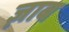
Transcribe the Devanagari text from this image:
ज़ाब